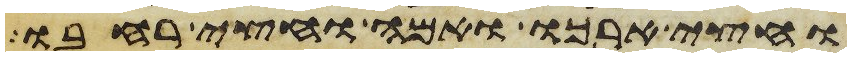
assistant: וחצי ארכו ואמה וחצי רחבו